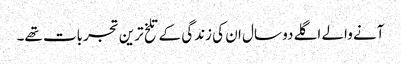
آنے والے اگلے دو سال ان کی زندگی کے تلخ ترین تجربات تھے۔